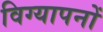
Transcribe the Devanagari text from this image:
विग्यापनों